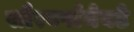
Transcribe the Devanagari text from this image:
सौरवर्षांयेवढे